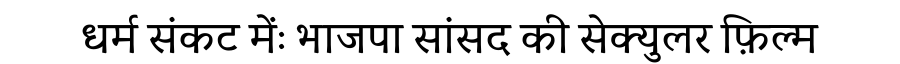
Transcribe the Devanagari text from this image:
धर्म संकट मेंः भाजपा सांसद की सेक्युलर फ़िल्म